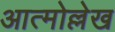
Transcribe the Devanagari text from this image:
आत्मोल्लेख